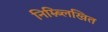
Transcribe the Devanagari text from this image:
निम्न्ब्लिखित